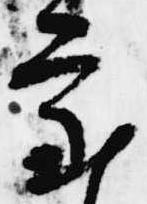
審